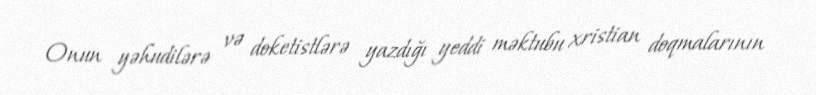
Onun yəhudilərə və doketistlərə yazdığı yeddi məktubu xristian doqmalarının